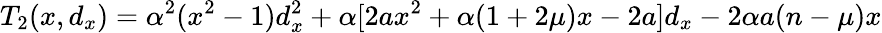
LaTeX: T_{2}(x,d_{x})=\alpha^{2}(x^{2}-1)d_{x}^{2}+\alpha[2ax^{2}+\alpha(1+2\mu)x-2a]d_{x}-2\alpha a(n-\mu)x